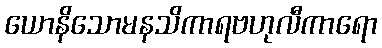
ယောနိသောမနသိကာရဗဟုလီကာရော